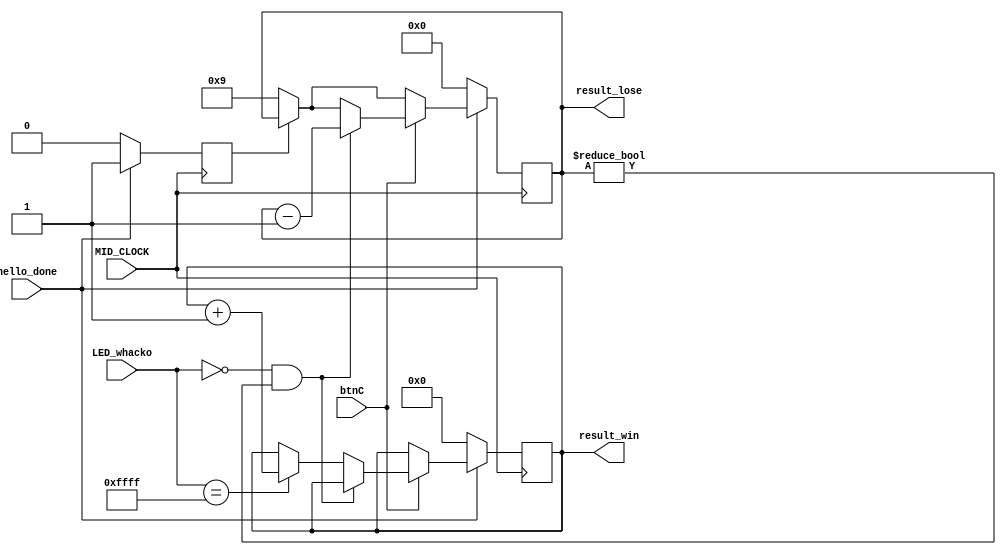
`timescale 1ns / 1ps

module point_catch(input MID_CLOCK, btnC, hello_done, input [15:0]LED_whacko, output reg [6:0]result_win = 0, output reg[3:0] result_lose = 0);


reg reset = 0;
    always@(posedge MID_CLOCK) begin
        if(hello_done) begin
            if (~reset) begin
                result_lose <= 9;
                reset <= 1;
            end
                     
            if(btnC) begin 
                if(LED_whacko[15:0] == 16'b0 & result_lose != 0) 
                    result_lose <= result_lose - 1;   
   
                else if(LED_whacko[15:0] == 16'b1111111111111111) 
                    result_win <= result_win + 1;                 

            end     
        end        
        else begin
            result_win <= 0;
            result_lose <= 0;
            reset<= 0;
        end
    
    end
    
endmodule